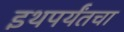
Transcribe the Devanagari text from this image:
इथपर्यंतचा